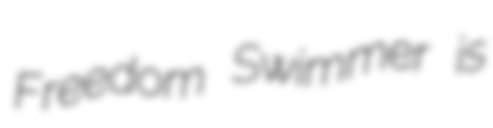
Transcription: Freedom Swimmer is